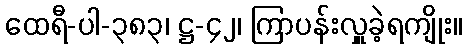
ထေရီ-ပါ-၃၈၃၊ ဋ္ဌ-၄၂၊ ကြာပန်းလှူခဲ့ရကျိုး။